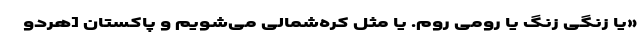
«یا زنگی زنگ یا رومیِ روم. یا مثل کره‌شمالی می‌شویم و پاکستان [هرد‌و